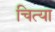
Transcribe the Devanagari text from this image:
चित्या